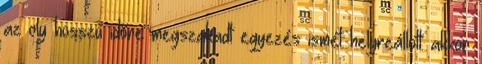
az oly hosszú időre megszakadt egyezés ismét helyreállott: akkor